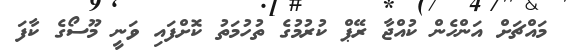
މައްޗަށް އަންހެން ކުއްޖާ ރޭޕް ކުރުމުގެ ތުހުމަތު ކޮށްފައި ވަނީ މޫސޯގެ ކާފަ